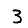
Digit: 3